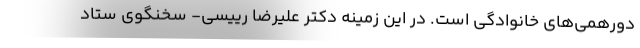
دورهمی‌های خانوادگی است. در این زمینه دکتر علیرضا رییسی- سخنگوی ستاد